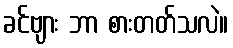
ခင်ဗျား ဘာ စားတတ်သလဲ။